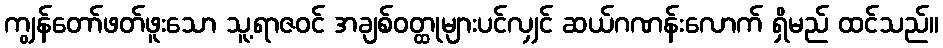
ကျွန်တော်ဖတ်ဖူးသော သူ့ရာဇဝင် အချစ်ဝတ္ထုများပင်လျှင် ဆယ်ဂဏန်းလောက် ရှိမည် ထင်သည်။